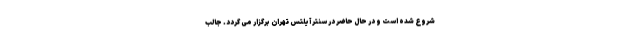
شروع شده است و در حال حاضر در سنتر آیلتس تهران برگزار می گردد. جالب